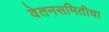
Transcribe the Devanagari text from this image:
वेतनसमितीचा